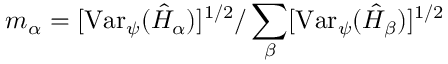
m _ { \alpha } = [ \mathrm { V a r } _ { \psi } ( \hat { H } _ { \alpha } ) ] ^ { 1 / 2 } / \sum _ { \beta } [ \mathrm { V a r } _ { \psi } ( \hat { H } _ { \beta } ) ] ^ { 1 / 2 }